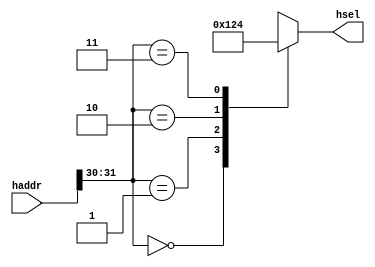
module interconnect_decoder #(parameter ADDR_WIDTH = 32)(
    input [ADDR_WIDTH-1:0]  haddr,
    output [3:0]                     hsel
);

    reg [3:0]                        r_hsel;
    reg                              sel_en; 
    wire [1:0]                       w_haddr_sel;

    assign w_haddr_sel = haddr[31:30];
    assign hsel = r_hsel;

    always @(*) begin
        case (w_haddr_sel)
            2'd0 : r_hsel = 4'd0;
            2'd1 : r_hsel = 4'b0001;
            2'd2 : r_hsel = 4'b0010;
            2'd3 : r_hsel = 4'b0100;
            default : begin
                r_hsel = 4'd0;
            end
        endcase 
    end

endmodule